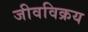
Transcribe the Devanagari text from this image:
जीवविक्रय